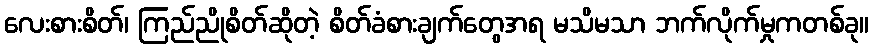
လေးစားစိတ်၊ ကြည်ညိုစိတ်ဆိုတဲ့ စိတ်ခံစားချက်တွေအရ မသိမသာ ဘက်လိုက်မှုကတစ်ခု။